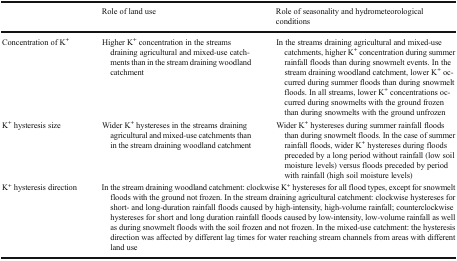
|  | Role of land use | Role of seasonality and hydrometeorological conditions |
 | --- | --- | --- |
 | Concentration of K+ | Higher K+ concentration in the streams draining agricultural and mixed-use catchments than in the stream draining woodland catchment | In the streams draining agricultural and mixed-use catchments, higher K+ concentration during summer rainfall floods than during snowmelt events. In the stream draining woodland catchment, lower K+ occurred during summer floods than during snowmelt floods. In all streams, lower K+ concentrations occurred during snowmelts with the ground frozen than during snowmelts with the ground unfrozen |
 | K+ hysteresis size | Wider K+ hystereses in the streams draining agricultural and mixed-use catchments than in the stream draining woodland catchment | Wider K+ hystereses during summer rainfall floods than during snowmelt floods. In the case of summer rainfall floods, wider K+ hystereses during floods preceded by a long period without rainfall (low soil moisture levels) versus floods preceded by period with rainfall (high soil moisture levels) |
 | K+ hysteresis direction | <COLSPAN=2> In the stream draining woodland catchment: clockwise K+ hystereses for all flood types, except for snowmelt floods with the ground not frozen. In the stream draining agricultural catchment: clockwise hystereses for short- and long-duration rainfall floods caused by high-intensity, high-volume rainfall; counterclockwise hystereses for short and long duration rainfall floods caused by low-intensity, low-volume rainfall as well as during snowmelt floods with the soil frozen and not frozen. In the mixed-use catchment: the hysteresis direction was affected by different lag times for water reaching stream channels from areas with different land use |